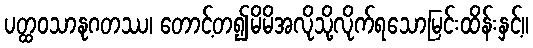
ပတ္ထဝသာနုဂတဿ၊ တောင့်တ၍မိမိအလိုသို့လိုက်ရသောမြင်းထိန်းနှင့်။